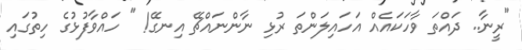
"ރީނާ.. ދައްތަ ވާހަކައެއް އަހައިލަންތަ ރުޅި ނާންނައްޗޭ އިނގޭ! " ހައްވާފުޅުގެ ހިތުގައި